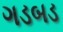
ગડબડ